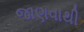
જાણવાથી